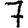
Digit: 7